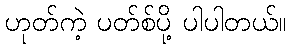
ဟုတ်ကဲ့ ပတ်စ်ပို့ ပါပါတယ်။